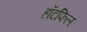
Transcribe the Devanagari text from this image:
हॉटफिल